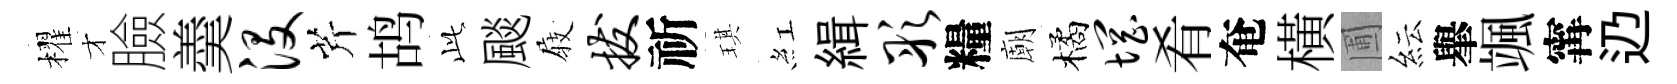
櫂才臉羮没芹鸪𬼘颷𡲆拔祈琪紅緝彤糧廟橘惘肴奄橫圃紜𦦙颯𡩋辸